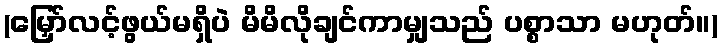
(မြှော်လင့်ဖွယ်မရှိပဲ မိမိလိုချင်ကာမျှသည် ပစ္စာသာ မဟုတ်။)